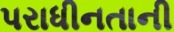
પરાધીનતાની